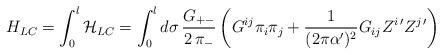
LaTeX: \begin{align*} H_{LC} = \int_0^l \mathcal{H}_{LC} = \int_0^l d\sigma \, \frac{G_{+-}}{2 \,\pi_-} \left( G^{ij} \pi_i \pi_j + \frac{1}{(2\pi\alpha')^2} G_{ij} Z^{i\,\prime} Z^{j\,\prime} \right)\end{align*}